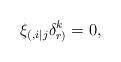
LaTeX: \begin{align*}\xi_{(,i|j}\delta_{r)}^{k}=0, \end{align*}